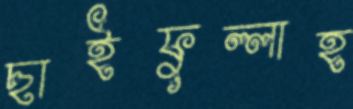
ছাইফুল্লাহ